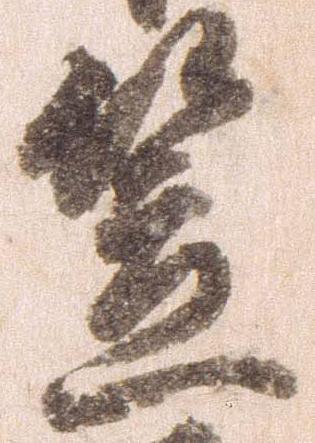
笠